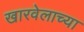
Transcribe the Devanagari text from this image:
खारवेलाच्या